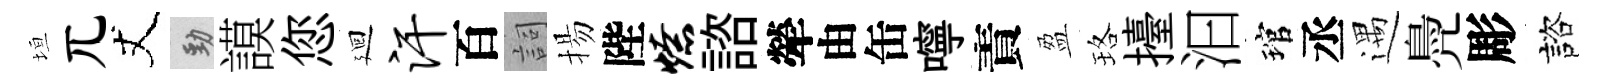
垣兀丈勁謨您廻汗百詞揚陛燎諮犖由缶嚀責盈珞擡汩琯丞遇鳧彫諮